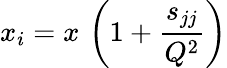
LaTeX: x_{i}=x\, \left(1+\frac{{s_{jj}}}{Q^{2}}\right)